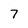
Character: 7